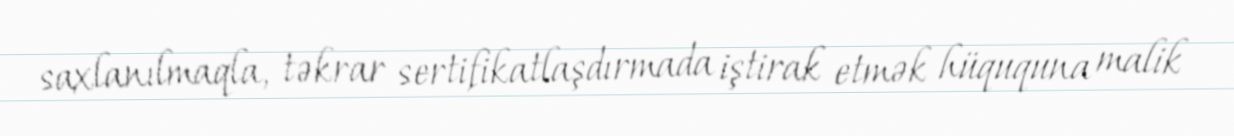
saxlanılmaqla, təkrar sertifikatlaşdırmada iştirak etmək hüququna malik